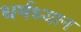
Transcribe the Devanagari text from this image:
धर्मध्यान